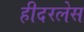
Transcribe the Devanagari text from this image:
हीदरलेस